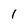
Character: 1